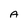
Character: A